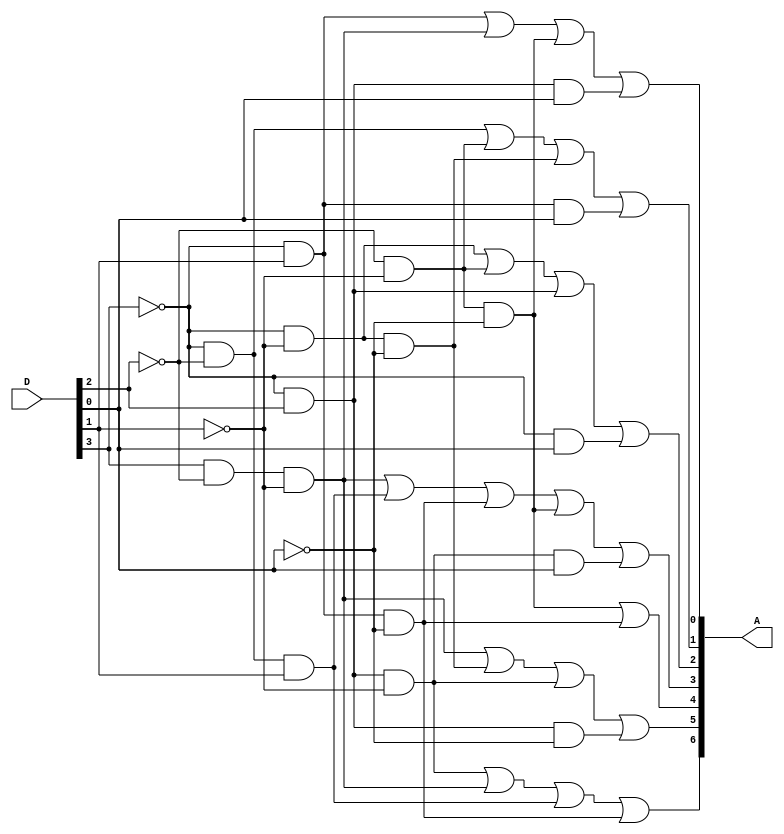
module Lab2_BCD_7segment_decoder_dataflow (output [6:0] A, input [3:0] D);

	assign A[0]=(~D[3]&D[1])|(D[3]&~D[2]&~D[1])|(~D[2]&~D[1]&~D[0])|(~D[3]&D[2]&D[0]);
	assign A[1]=(~D[3]&~D[2])|(~D[2]&~D[1])|(~D[3]&~D[1]&~D[0])|(~D[3]&D[1]&D[0]);
	assign A[2]=(~D[3]&~D[1])|(~D[2]&~D[1])|(~D[3]&D[2])|(~D[3]&D[0]);
	assign A[3]=(D[3]&~D[2]&~D[1])|(~D[3]&~D[2]&D[1])|(~D[3]&D[1]&~D[0])|(~D[2]&~D[1]&~D[0])|(~D[3]&D[2]&~D[1]&D[0]);
	assign A[4]=(~D[2]&~D[1]&~D[0])|(~D[3]&D[1]&~D[0]);
	assign A[5]=(D[3]&~D[2]&~D[1])|(~D[3]&~D[1]&~D[0])|(~D[3]&D[2]&~D[1])|(~D[3]&D[2]&~D[0]);
	assign A[6]=(~D[3]&D[2]&~D[1])|(D[3]&~D[2]&~D[1])|(~D[3]&~D[2]&D[1])|(~D[3]&D[1]&~D[0]);
endmodule